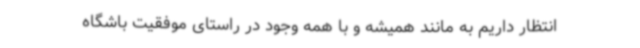
انتظار داریم به مانند همیشه و با همه وجود در راستای موفقیت باشگاه